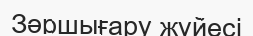
Зәршығару жүйесі